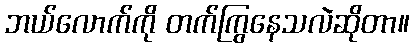
ဘယ်လောက်ကို တက်ကြွနေသလဲဆိုတာ။